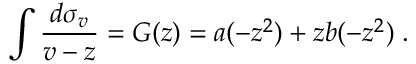
\int { \frac { d \sigma _ { v } } { v - z } } = G ( z ) = a ( - z ^ { 2 } ) + z b ( - z ^ { 2 } ) \; .